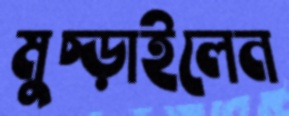
মুচ্‌ড়াইলেন